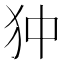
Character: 狆